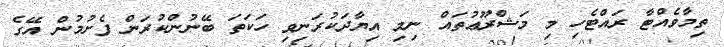
ތިމާވެއްޓާ ރައްޓެހި މި މަޝްރޫޢުތައް ނިމި އިޔާދަކުރަނިވި ހަކަތަ ބޭނުންކުރަން ފެށުމުން އޭގެ